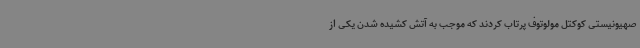
صهیونیستی کوکتل مولوتوف پرتاب کردند که موجب به آتش کشیده شدن یکی از